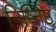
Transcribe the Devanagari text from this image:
निम्निष्ठ